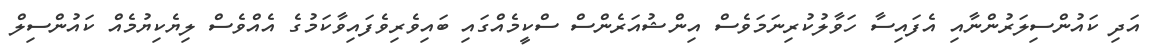
އަދި ކައުންސިލަރުންނާއި އެފައިސާ ހަވާލުކުރިނަމަވެސް އިންޝުއަރެންސް ސްކީމެއްގައި ބައިވެރިވެފައިވާކަމުގެ އެއްވެސް ލިޔެކިޔުމެއް ކައުންސިލް